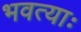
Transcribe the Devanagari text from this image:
भवत्याः